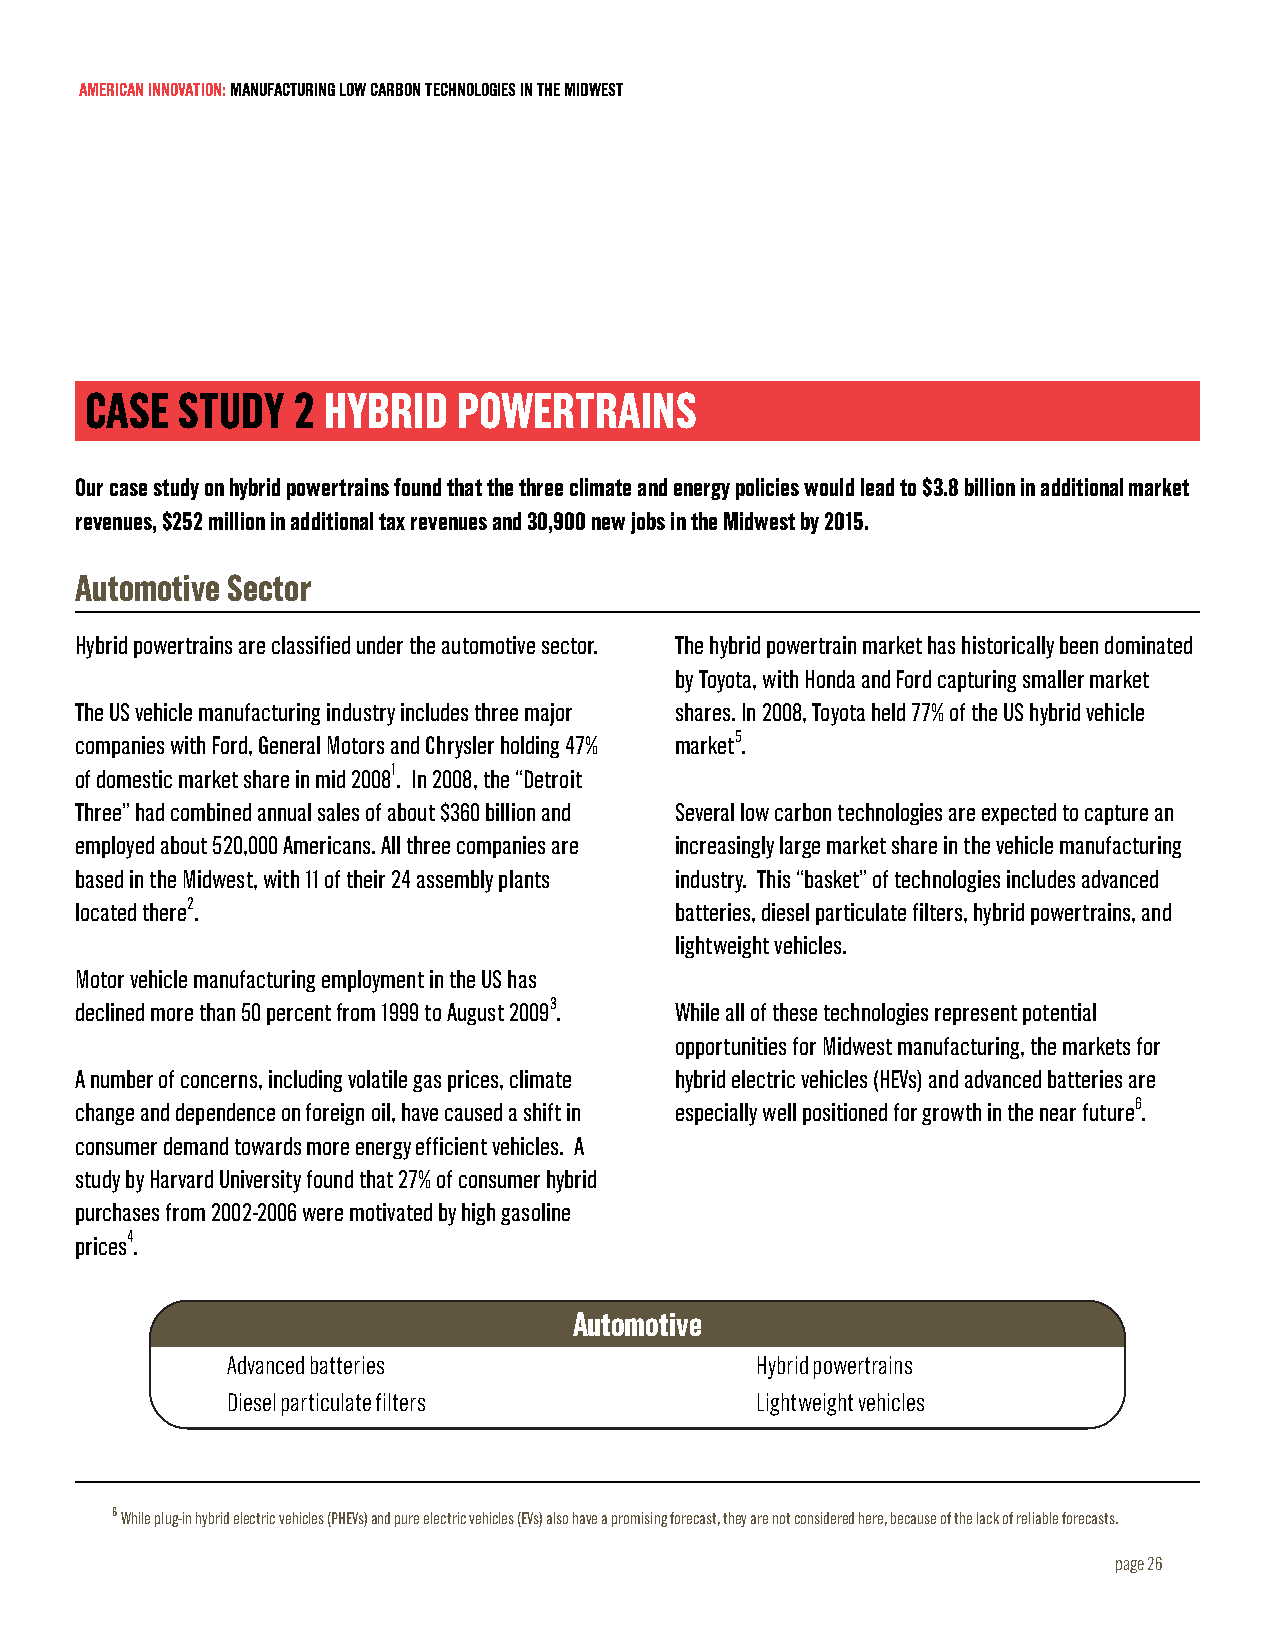
AMERICAN INNOVATION: MANUFACTURING LOW CARBON TECHNOLOGIES IN THE MIDWEST
 CASE  STUDY  2 HYBRID   POWERTRAINS
 Our case study on hybrid powertrains found that the three climate and energy policies would lead to $3.8 billion in additional market
 revenues, $252 million in additional tax revenues and 30,900 new jobs in the Midwest by 2015.
 Automotive Sector
 Hybrid powertrains are classified under the automotive sector. The hybrid powertrain market has historically been dominated
 by Toyota, with Honda and Ford capturing smaller market
 The US vehicle manufacturing industry includes three major shares. In 2008, Toyota held 77% of the US hybrid vehicle
 companies with Ford, General Motors and Chrysler holding 47% market5.
 of domestic market share in mid 20081. In 2008, the “Detroit
 Three” had combined annual sales of about $360 billion and Several low carbon technologies are expected to capture an
 employed about 520,000 Americans. All three companies are increasingly large market share in the vehicle manufacturing
 based in the Midwest, with 11 of their 24 assembly plants industry. This “basket” of technologies includes advanced
 located there2.                         batteries, diesel particulate filters, hybrid powertrains, and
 lightweight vehicles.
 Motor vehicle manufacturing employment in the US has
 declined more than 50 percent from 1999 to August 20093. While all of these technologies represent potential
 opportunities for Midwest manufacturing, the markets for
 A number of concerns, including volatile gas prices, climate hybrid electric vehicles (HEVs) and advanced batteries are
 change and dependence on foreign oil, have caused a shift in especially well positioned for growth in the near future6.
 consumer demand towards more energy efficient vehicles. A
 study by Harvard University found that 27% of consumer hybrid
 purchases from 2002-2006 were motivated by high gasoline
 prices4.
 Automotive
 Advanced batteries                 Hybrid powertrains
 Diesel particulate filters         Lightweight vehicles
 6 While plug-in hybrid electric vehicles (PHEVs) and pure electric vehicles (EVs) also have a promising forecast, they are not considered here, because of the lack of reliable forecasts.
 page 26